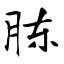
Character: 胨